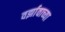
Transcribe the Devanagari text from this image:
वर्झावाच्या